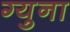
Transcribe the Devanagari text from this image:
ग्युना